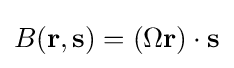
B(\mathbf {r} ,\mathbf {s} )=(\Omega \mathbf {r} )\cdot \mathbf {s}